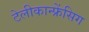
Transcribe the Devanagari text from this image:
टेलीकान्फ्रेंसिग